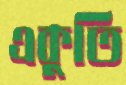
একুতি